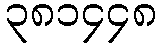
၃၈၁၄၄၈